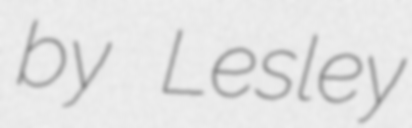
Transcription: by Lesley